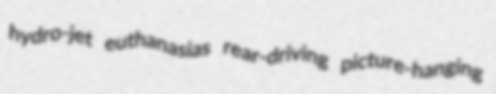
hydro-jet euthanasias rear-driving picture-hanging